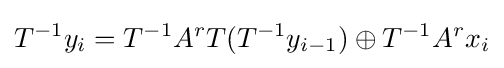
T^{-1}y_{i}=T^{-1}A^{r}T(T^{-1}y_{i-1})\oplus T^{-1}A^{r}x_{i}